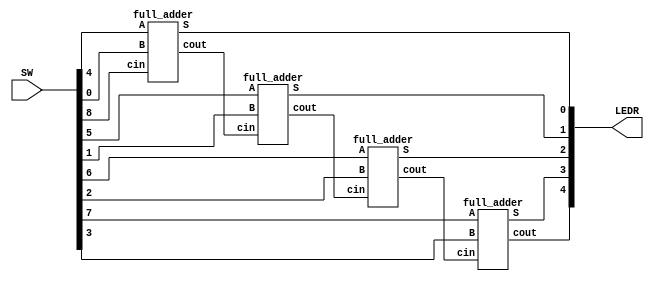
//SW[7:4] A inputs
//SW[3:0] B inputs
//SW[8] Carry in
//LEDR[4] S output
//LEDR[3:0] Carry out

module ripple(LEDR, SW);
    input[9:0] SW;
    output[9:0] LEDR;
    wire c1, c2, c3;

    full_adder m1(
        .S(LEDR[0]),
        .cout(c1),
        .A(SW[4]),
        .B(SW[0]),
        .cin(SW[8])
    );

    full_adder m2(
        .S(LEDR[1]),
        .cout(c2),
        .A(SW[5]),
        .B(SW[1]),
        .cin(c1)
    );

    full_adder m3(
        .S(LEDR[2]),
        .cout(c3),
        .A(SW[6]),
        .B(SW[2]),
        .cin(c2)
    );

    full_adder m4(
        .S(LEDR[3]),
        .cout(LEDR[4]),
        .A(SW[7]),
        .B(SW[3]),
        .cin(c3)
    );

endmodule

module full_adder(S, cout, A, B, cin);
    input A, B, cin;
    output S, cout;

    assign S = A^B^cin;
    assign cout = (A&B) | (A&cin) | (B&cin);

endmodule